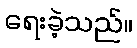
ရေးခဲ့သည်။